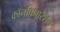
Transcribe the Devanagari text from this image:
कॉनफिगरेशन